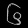
Digit: ၆